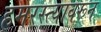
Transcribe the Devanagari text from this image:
हमरस्त्यावरून